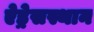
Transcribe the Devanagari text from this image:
ऐड्रेसस्थान